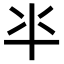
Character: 𠦂